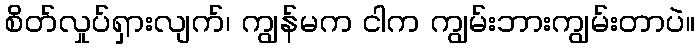
စိတ်လှုပ်ရှားလျက်၊ ကျွန်မက ငါက ကျွမ်းဘားကျွမ်းတာပဲ။